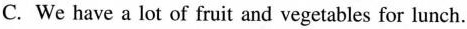
C. We have a lot of fruit and vegetables for lunch.